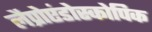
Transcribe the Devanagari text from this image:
लैप्रोएंडोस्कोपिक